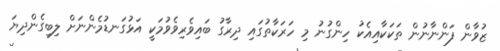
ޒުވާން ފަންނާނުން ތަކަކާއިއެކު ހިންގުނު މި ހަރަކާތުގައި ދިރާގު ބައިވެރިވެވުމަކީ އަޅުގަނޑުމެންނަށް ލިބިގެންދިޔަ